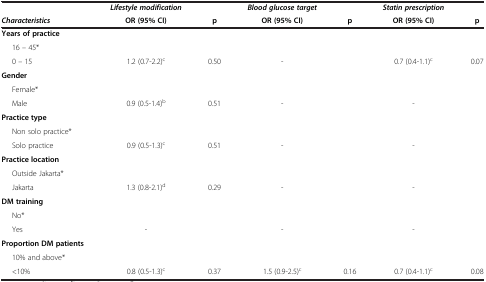
|  | Lifestyle modification |  | Blood glucose target |  | Statin prescription |  |
 | Characteristics | OR (95% CI) | p | OR (95% CI) | p | OR (95% CI) | p |
 | --- | --- | --- | --- | --- | --- | --- |
 | Years of practice |  |  |  |  |  |  |
 | 16 – 45* |  |  |  |  |  |  |
 | 0 – 15 | 1.2 (0.7-2.2)c | 0.50 | - |  | 0.7 (0.4-1.1)c | 0.07 |
 | Gender |  |  |  |  |  |  |
 | Female* |  |  |  |  |  |  |
 | Male | 0.9 (0.5-1.4)b | 0.51 | - |  | - |  |
 | Practice type |  |  |  |  |  |  |
 | Non solo practice* |  |  |  |  |  |  |
 | Solo practice | 0.9 (0.5-1.3)c | 0.51 | - |  | - |  |
 | Practice location |  |  |  |  |  |  |
 | Outside Jakarta* |  |  |  |  |  |  |
 | Jakarta | 1.3 (0.8-2.1)d | 0.29 | - |  | - |  |
 | DM training |  |  |  |  |  |  |
 | No* |  |  |  |  |  |  |
 | Yes | - |  | - |  | - |  |
 | Proportion DM patients |  |  |  |  |  |  |
 | 10% and above* |  |  |  |  |  |  |
 | <10% | 0.8 (0.5-1.3)c | 0.37 | 1.5 (0.9-2.5)c | 0.16 | 0.7 (0.4-1.1)c | 0.08 |